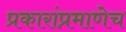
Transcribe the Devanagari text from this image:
प्रकारांप्रमाणेच